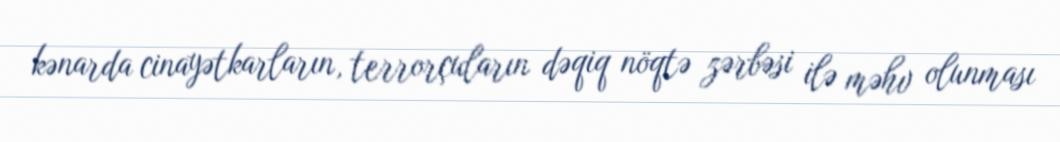
kənarda cinayətkarların, terrorçuların dəqiq nöqtə zərbəsi ilə məhv olunması